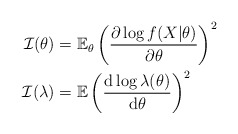
\begin{align*}\mathcal{I}(\theta) & = \mathbb{E}_\theta \left( \frac{\partial \log f(X|\theta)}{\partial \theta} \right)^2 \\\mathcal{I}(\lambda) & = \mathbb{E}\left( \frac{\mathrm{d \log \lambda(\theta)}}{\mathrm{d}\theta} \right)^2\end{align*}